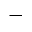
-